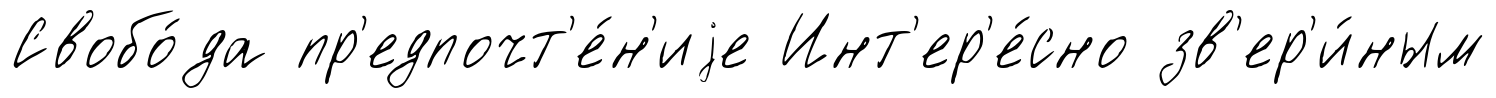
Свобо́да пр'едпочт'е́н'иjе Инт'ер'е́сно зв'ер'и́ным